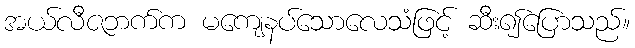
အယ်လီဇဘက်က မကျေနပ်သောလေသံဖြင့် ဆီး၍ပြောသည်။